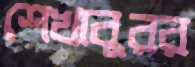
শেখাবুরর